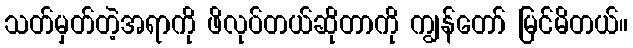
သတ်မှတ်တဲ့အရာကို ဖိလုပ်တယ်ဆိုတာကို ကျွန်တော် မြင်မိတယ်။